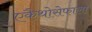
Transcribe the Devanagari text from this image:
एकैथोसेफाला